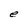
Character: e